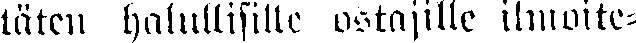
täten halullisille ostajille ilmoite-